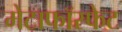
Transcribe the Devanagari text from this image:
मेटाफॉस्फेट